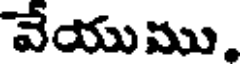
వేయుము.